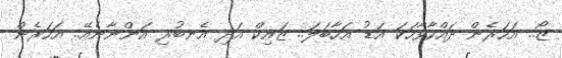
ޒޯ.. އަހަރެން ދައްކާވާހަކަ އަޑު އަހާބަލަ.. ޒައިކް އަދި އެނބުރި އަންނާނެއޭ.. އަހަރެން